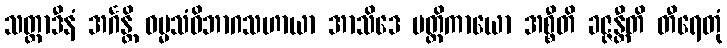
သတ္ထာဒီနံ အင်္ဂန္တိ ဓမ္မသံဝိဘာဂသဟာယာ အာသိဒေ ပတ္တိကာယော အစ္စီတိ ခဇ္ဇန္တီတိ တီရေတုံ